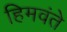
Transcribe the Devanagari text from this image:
हिमवंते